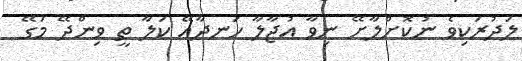
ލަދުރަކިވެ ނުކޮށްލާށޭ ނިވާ އުޖާލާ ހަނދާއޭ ކަލާ ތީ ވިންދޭ މަގޭ